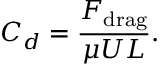
C _ { d } = \frac { F _ { \mathrm { d r a g } } } { \mu U L } .